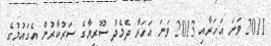
2011 ވަނަ އަހަރާއި 2013 ވަނަ އަހަރާ ދެމެދު ސޫރިޔާގެ ސަރުކާރުން އެގައުމުގެ